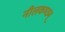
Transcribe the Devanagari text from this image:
नीलकण्ठम्